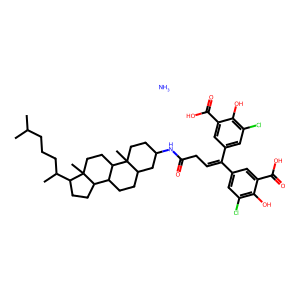
SMILES: CC(C)CCCC(C)C1CCC2C3CCC4CC(NC(=O)CC=C(c5cc(Cl)c(O)c(C(=O)O)c5)c5cc(Cl)c(O)c(C(=O)O)c5)CCC4(C)C3CCC12C.N
Inhibits HIV replication: Yes